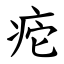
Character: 㾃